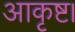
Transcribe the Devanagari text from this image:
आकृष्ट।